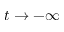
t \to - \infty